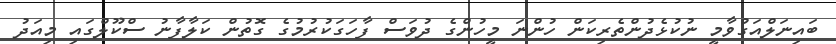
ބައިނަލްއަގުވާމީ ނުކުޅެދުންތެރިކަން ހުންނަ މީހުންގެ ދުވަސް ފާހަގަކުރުމުގެ ގޮތުން ކަލާފާނު ސްކޫލްގައި މިއަދު